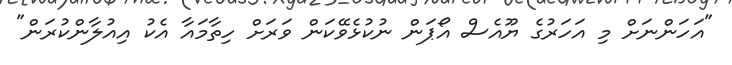
"އަހަންނަށް މި އަހަރުގެ ޔޫއެސް އޯޕަން ނުކުޅެވޭކަން ވަރަށް ހިތާމައާ އެކު އިއުލާންކުރަން"